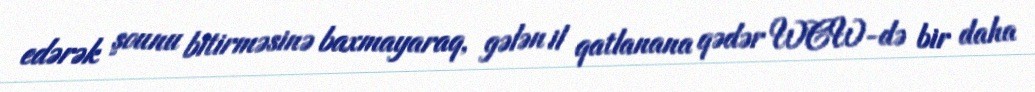
edərək şounu bitirməsinə baxmayaraq, gələn il qatlanana qədər WCW-də bir daha